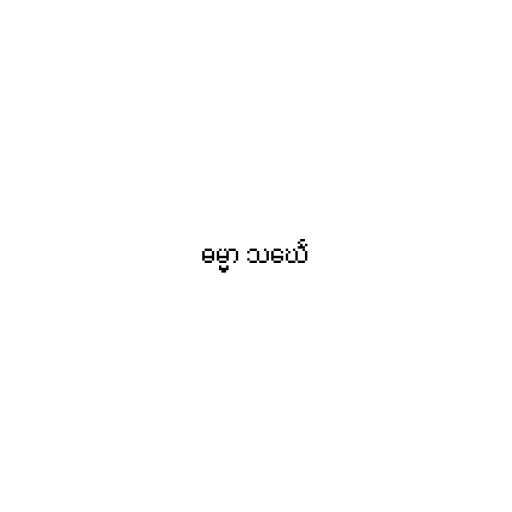
ဓမ္မာ သင်္ဃေ